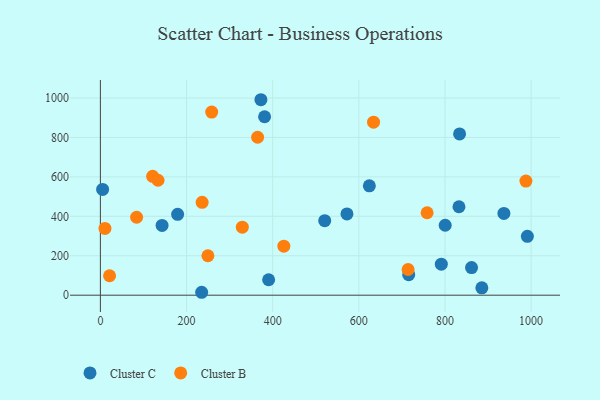
{"axis": {"x": "Ad Spend", "y": "Rating"}, "legend": ["Cluster B", "Cluster C"], "data": [{"x": "861.7", "y": 139.8, "type": "Cluster C"}, {"x": "791.5", "y": 157.2, "type": "Cluster C"}, {"x": "715.8", "y": 103.9, "type": "Cluster C"}, {"x": "5.2", "y": 536.3, "type": "Cluster C"}, {"x": "381.2", "y": 904.8, "type": "Cluster C"}, {"x": "390.6", "y": 78.3, "type": "Cluster C"}, {"x": "800.5", "y": 354.7, "type": "Cluster C"}, {"x": "936.8", "y": 414.5, "type": "Cluster C"}, {"x": "372.7", "y": 991.2, "type": "Cluster C"}, {"x": "833.9", "y": 818.0, "type": "Cluster C"}, {"x": "143.2", "y": 353.9, "type": "Cluster C"}, {"x": "885.6", "y": 37.6, "type": "Cluster C"}, {"x": "520.8", "y": 377.8, "type": "Cluster C"}, {"x": "832.5", "y": 448.5, "type": "Cluster C"}, {"x": "179.3", "y": 410.2, "type": "Cluster C"}, {"x": "624.4", "y": 554.4, "type": "Cluster C"}, {"x": "991.3", "y": 298.5, "type": "Cluster C"}, {"x": "572.4", "y": 412.3, "type": "Cluster C"}, {"x": "235.1", "y": 14.8, "type": "Cluster C"}, {"x": "758.5", "y": 418.0, "type": "Cluster B"}, {"x": "987.9", "y": 578.5, "type": "Cluster B"}, {"x": "10.6", "y": 338.7, "type": "Cluster B"}, {"x": "425.9", "y": 248.6, "type": "Cluster B"}, {"x": "236.2", "y": 471.0, "type": "Cluster B"}, {"x": "258.4", "y": 928.7, "type": "Cluster B"}, {"x": "365.0", "y": 801.0, "type": "Cluster B"}, {"x": "84.1", "y": 395.3, "type": "Cluster B"}, {"x": "329.5", "y": 344.7, "type": "Cluster B"}, {"x": "21.3", "y": 98.5, "type": "Cluster B"}, {"x": "133.8", "y": 582.8, "type": "Cluster B"}, {"x": "634.2", "y": 877.4, "type": "Cluster B"}, {"x": "249.6", "y": 199.9, "type": "Cluster B"}, {"x": "121.3", "y": 602.6, "type": "Cluster B"}, {"x": "714.4", "y": 130.4, "type": "Cluster B"}]}